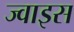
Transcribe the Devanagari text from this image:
ज्वाइस